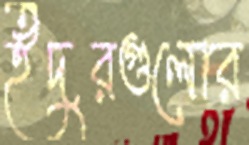
ইঁদুরগুলোর